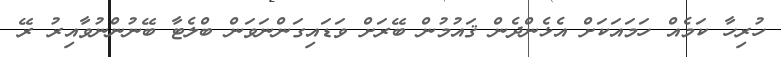
ހުރިހާ ކަމެއް ހަމައަކަށް އެޅެންދެން ޤައުމުން ބޭރަށް ވަޑައިގަންނަވަން ބްލެޓާ ބޭނުންނުވާއިރު ރޭ